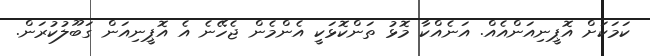
ކަމަކަށް އޮޕީނިއަންއެއް. އަނެއްކާ މޮޅު ތަންކޮޅަކީ އެންމެން ޖެހޭނެ އެ އޮޕީނިއަން ގަބޫލުކުރަން.